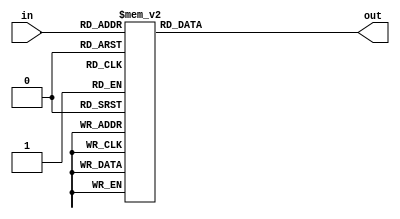
module Add3(in,out);
	input [3:0] in;
	output [3:0] out;
	reg [3:0] out;
	
	always @ (in) begin
		case (in)
			4'b0000: out <= 4'b0000;
			4'b0001: out <= 4'b0001;
			4'b0010: out <= 4'b0010;
			4'b0011: out <= 4'b0011;
			4'b0100: out <= 4'b0100;
			4'b0101: out <= 4'b1000;
			4'b0110: out <= 4'b1001;
			4'b0111: out <= 4'b1010;
			4'b1000: out <= 4'b1011;
			4'b1001: out <= 4'b1100;
			default: out <= 4'b0000;
		endcase
	end
endmodule